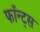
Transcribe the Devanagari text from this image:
फाँन्‍ट्‌स